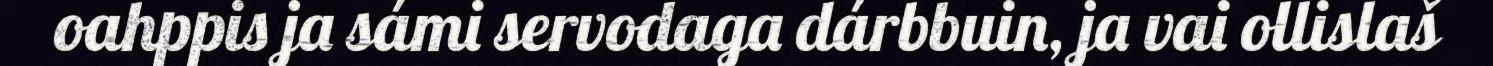
oahppis ja sámi servodaga dárbbuin, ja vai ollislaš